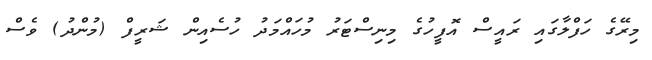
މިރޭގެ ހަފްލާގައި ރައީސް އޮފީހުގެ މިނިސްޓަރު މުހައްމަދު ހުސެއިން ޝަރީފް (މުންދު) ވެސް